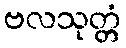
ဗလသုတ္တံ